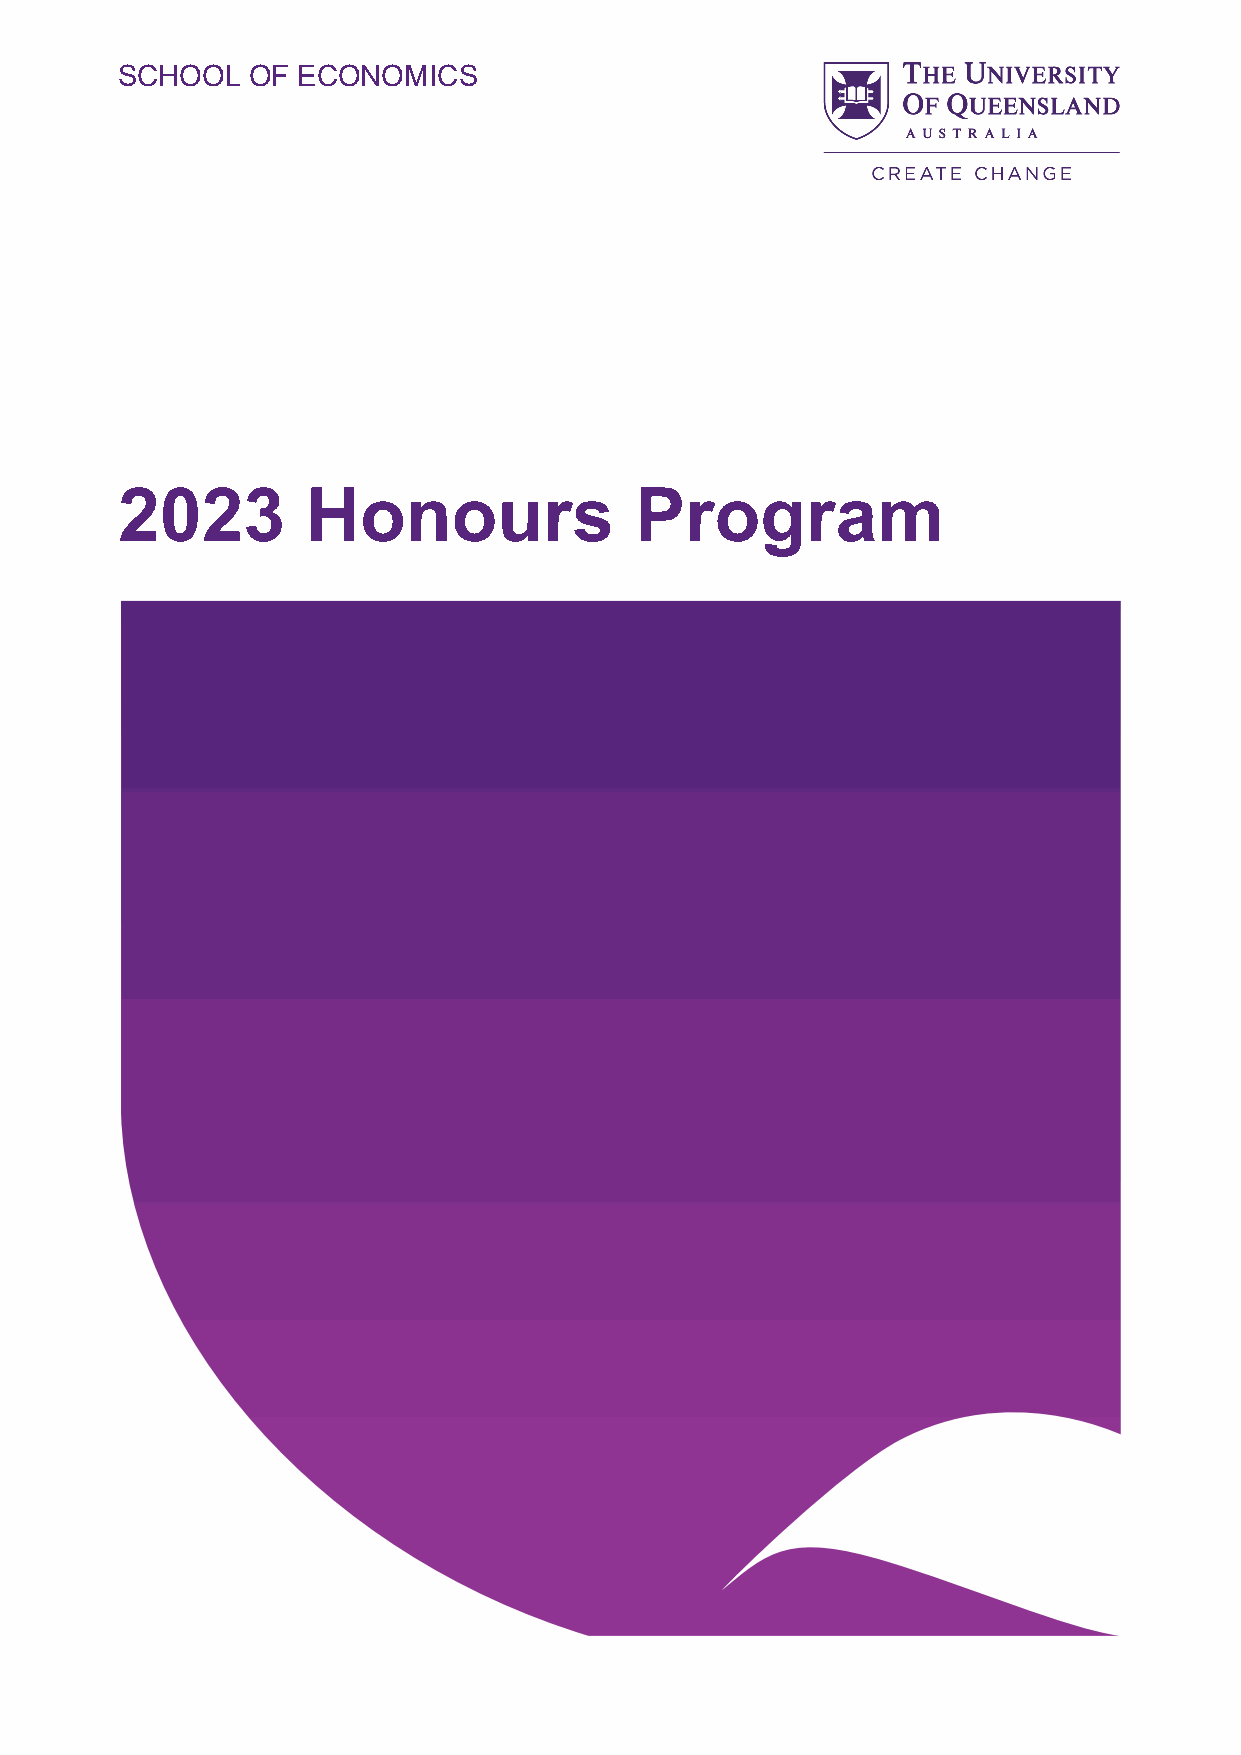
SCHOOL   OF ECONOMICS
 2023        Honours               Program